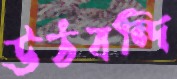
উঠবন্দি